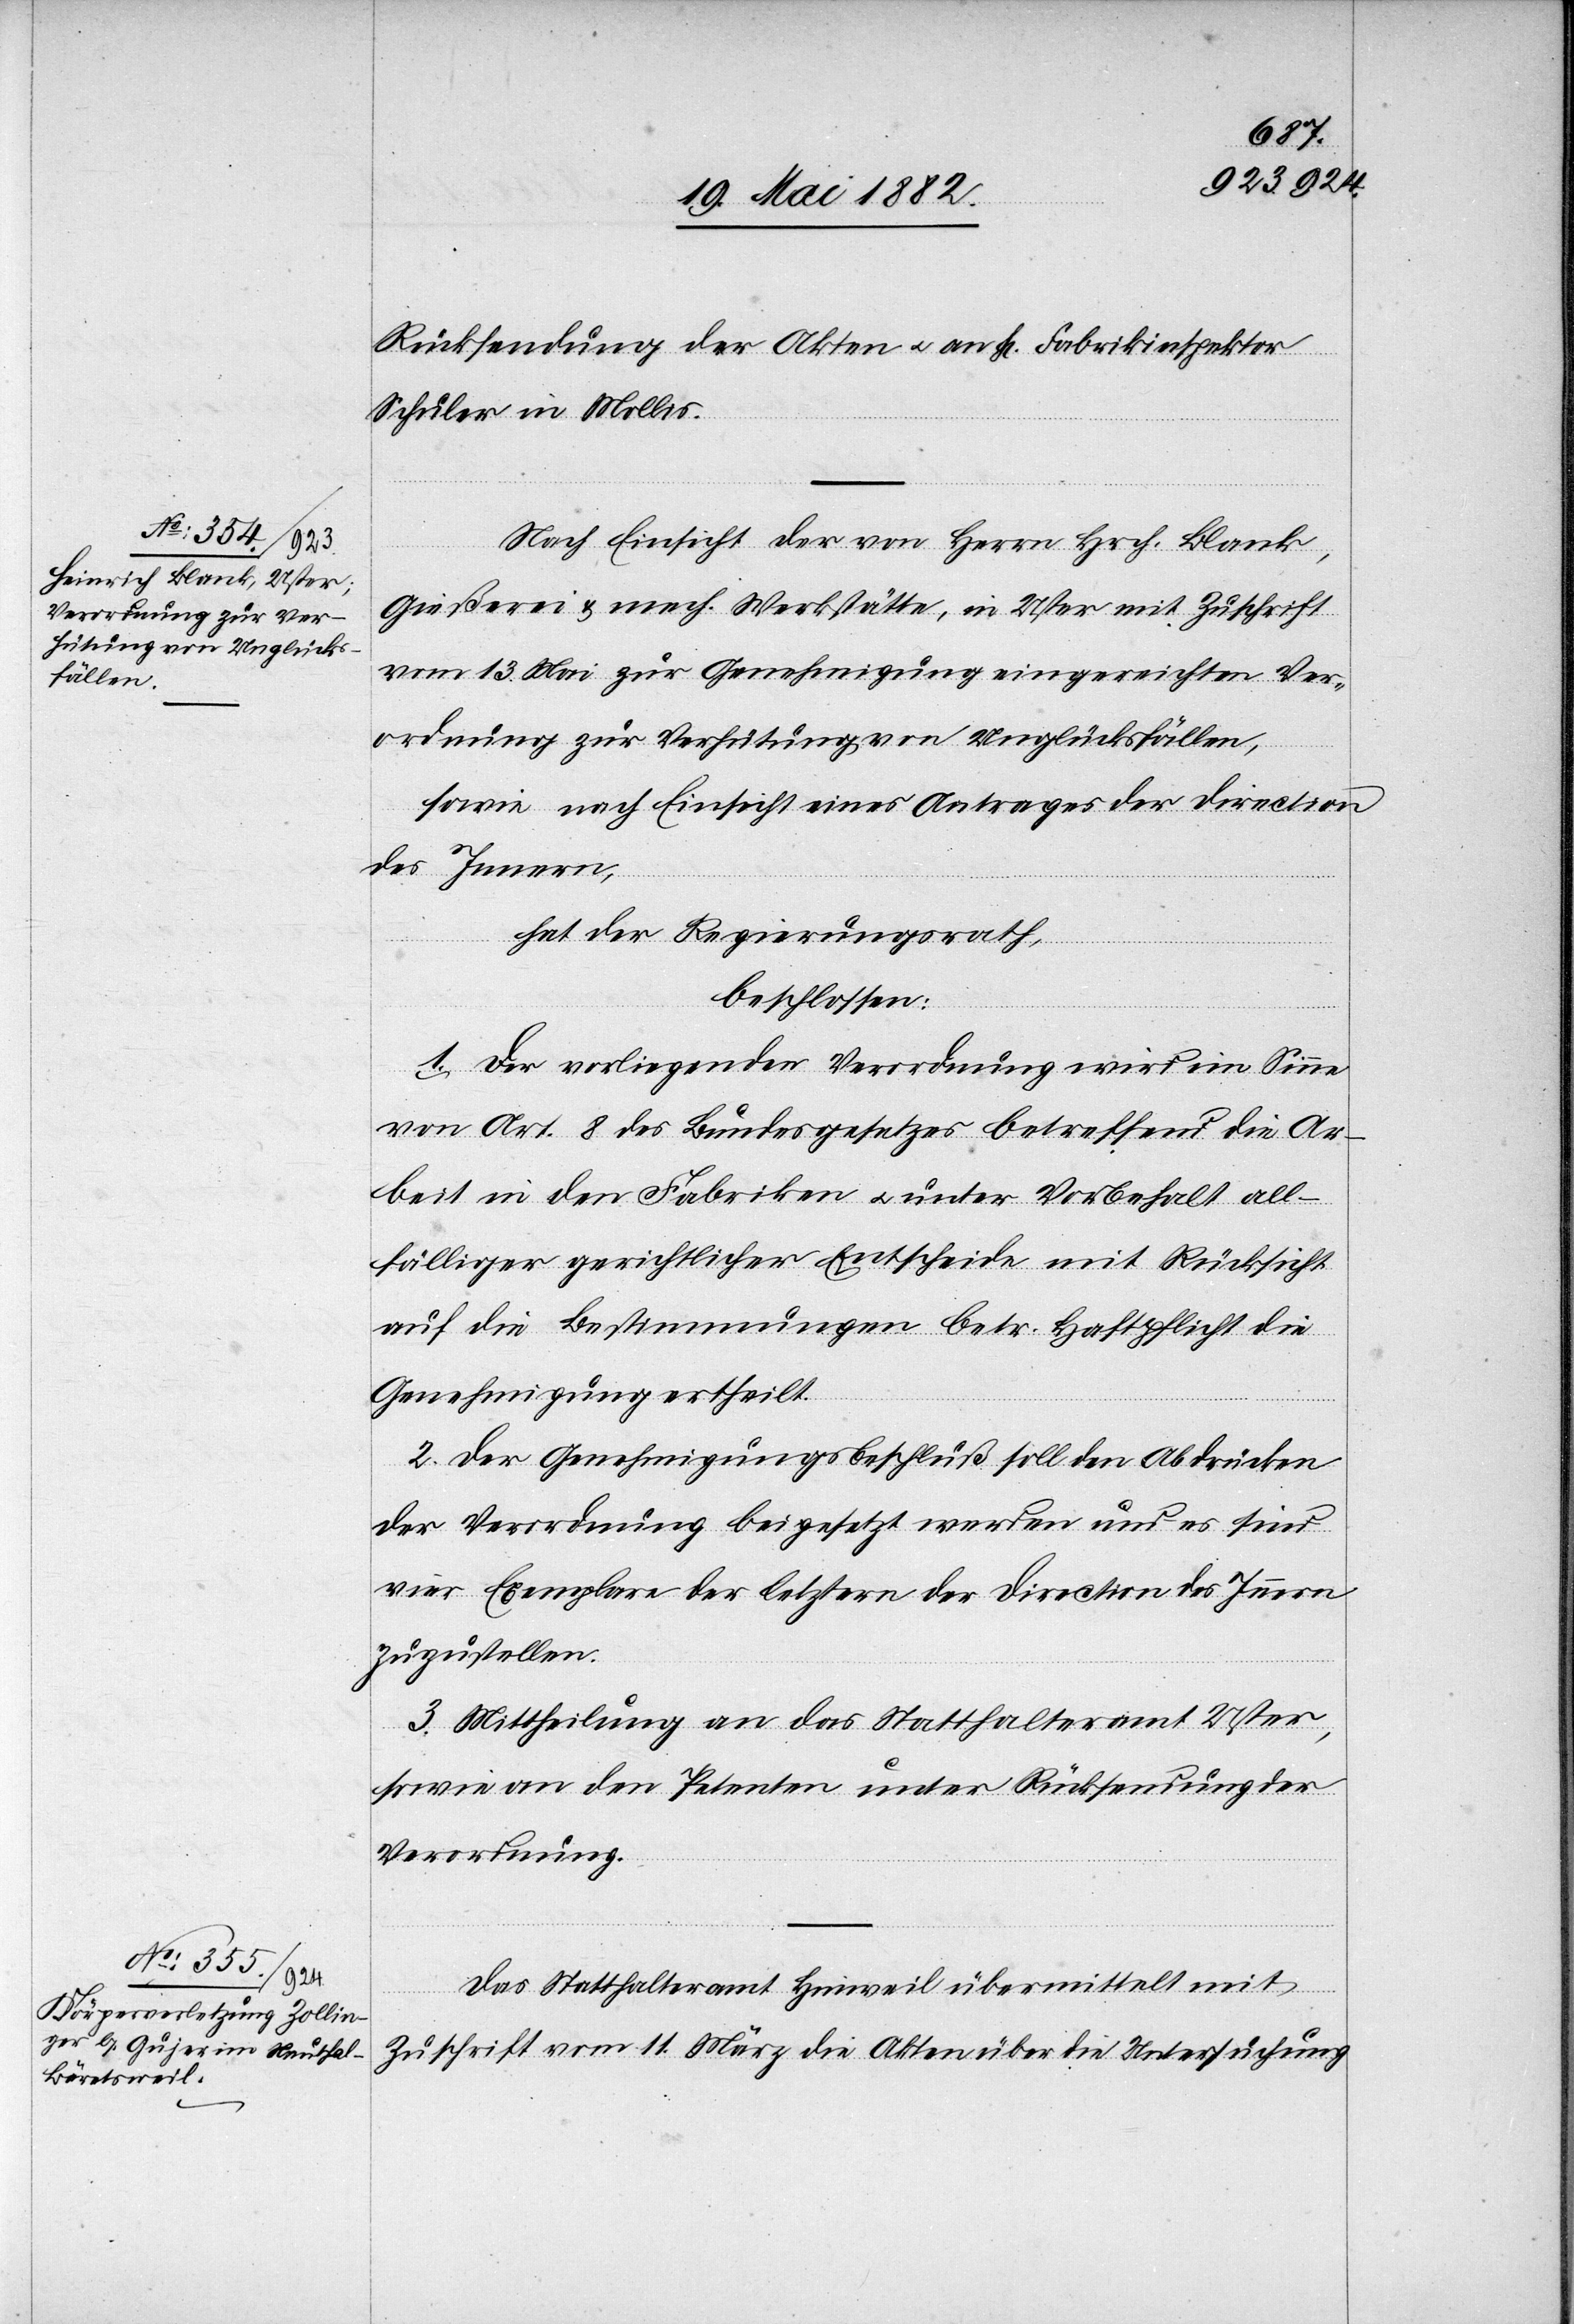
Rücksendung der Akten u. an H[rn]. Fabrikinspektor
Schuler in Mollis.
Nach Einsicht der von Herrn Hrch. Blank,
Gießerei & mech. Werkstätte, in Uster mit Zuschrift
vom 13. Mai zur Genehmigung eingereichten Ver¬
ordnung zur Verhütung von Unglücksfällen,
sowie nach Einsicht eines Antrages der Direction
des Innern,
hat der Regierungsrath,
beschlossen:
1. Der vorliegenden Verordnung wird im Sinne
von Art. 8 des Bundesgesetzes betreffend die Ar¬
beit in den Fabriken u. unter Vorbehalt all¬
fälliger gerichtlicher Entscheide mit Rücksicht
auf die Bestimmungen betr. Haftpflicht die
Genehmigung ertheilt.
2. Der Genehmigungsbeschluß soll den Abdrücken
der Verordnung beigesetzt werden und es sind
vier Exemplare der letztern der Direction des Innern
zuzustellen.
3. Mittheilung an das Statthalteramt Uster,
sowie an den Petenten unter Rücksendung der
Verordnung.
Das Statthalteramt Hinweil übermittelt mit
Zuschrift vom 11. März die Akten über die Untersuchung